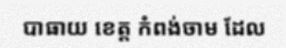
បាធាយ ខេត្ត កំពង់ចាម ដែល